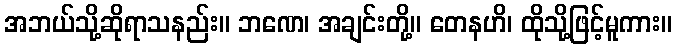
အဘယ်သို့ဆိုရာသနည်း။ ဘဏေ၊ အချင်းတို့။ တေနဟိ၊ ထိုသို့ဖြင့်မူကား။